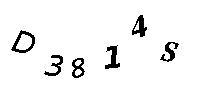
D3814S